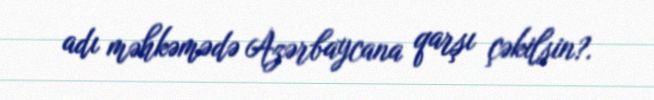
adı məhkəmədə Azərbaycana qarşı çəkilsin?.